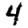
Digit: 4